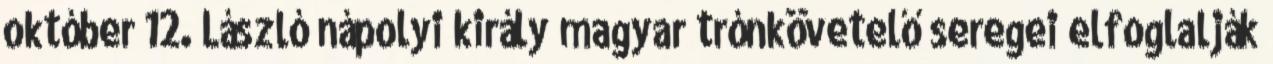
október 12. László nápolyi király magyar trónkövetelő seregei elfoglalják